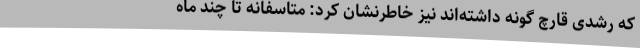
که رشدی قارچ گونه داشته‌اند نیز خاطرنشان کرد: متاسفانه تا چند ماه